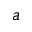
a